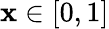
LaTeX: \mathbf{x}\in[0,1]